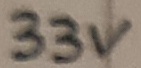
Text: 33V